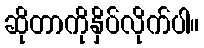
ဆိုတာကိုနှိပ်လိုက်ပါ။